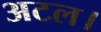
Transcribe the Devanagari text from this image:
अटल।